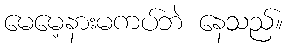
မေမေ့နားမကပ်ဘဲ နေသည်။